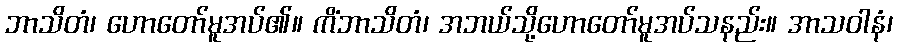
ဘာသိတံ၊ ဟောတော်မူအပ်၏။ ကိံဘာသိတံ၊ အဘယ်သို့ဟောတော်မူအပ်သနည်း။ အာသဝါနံ၊